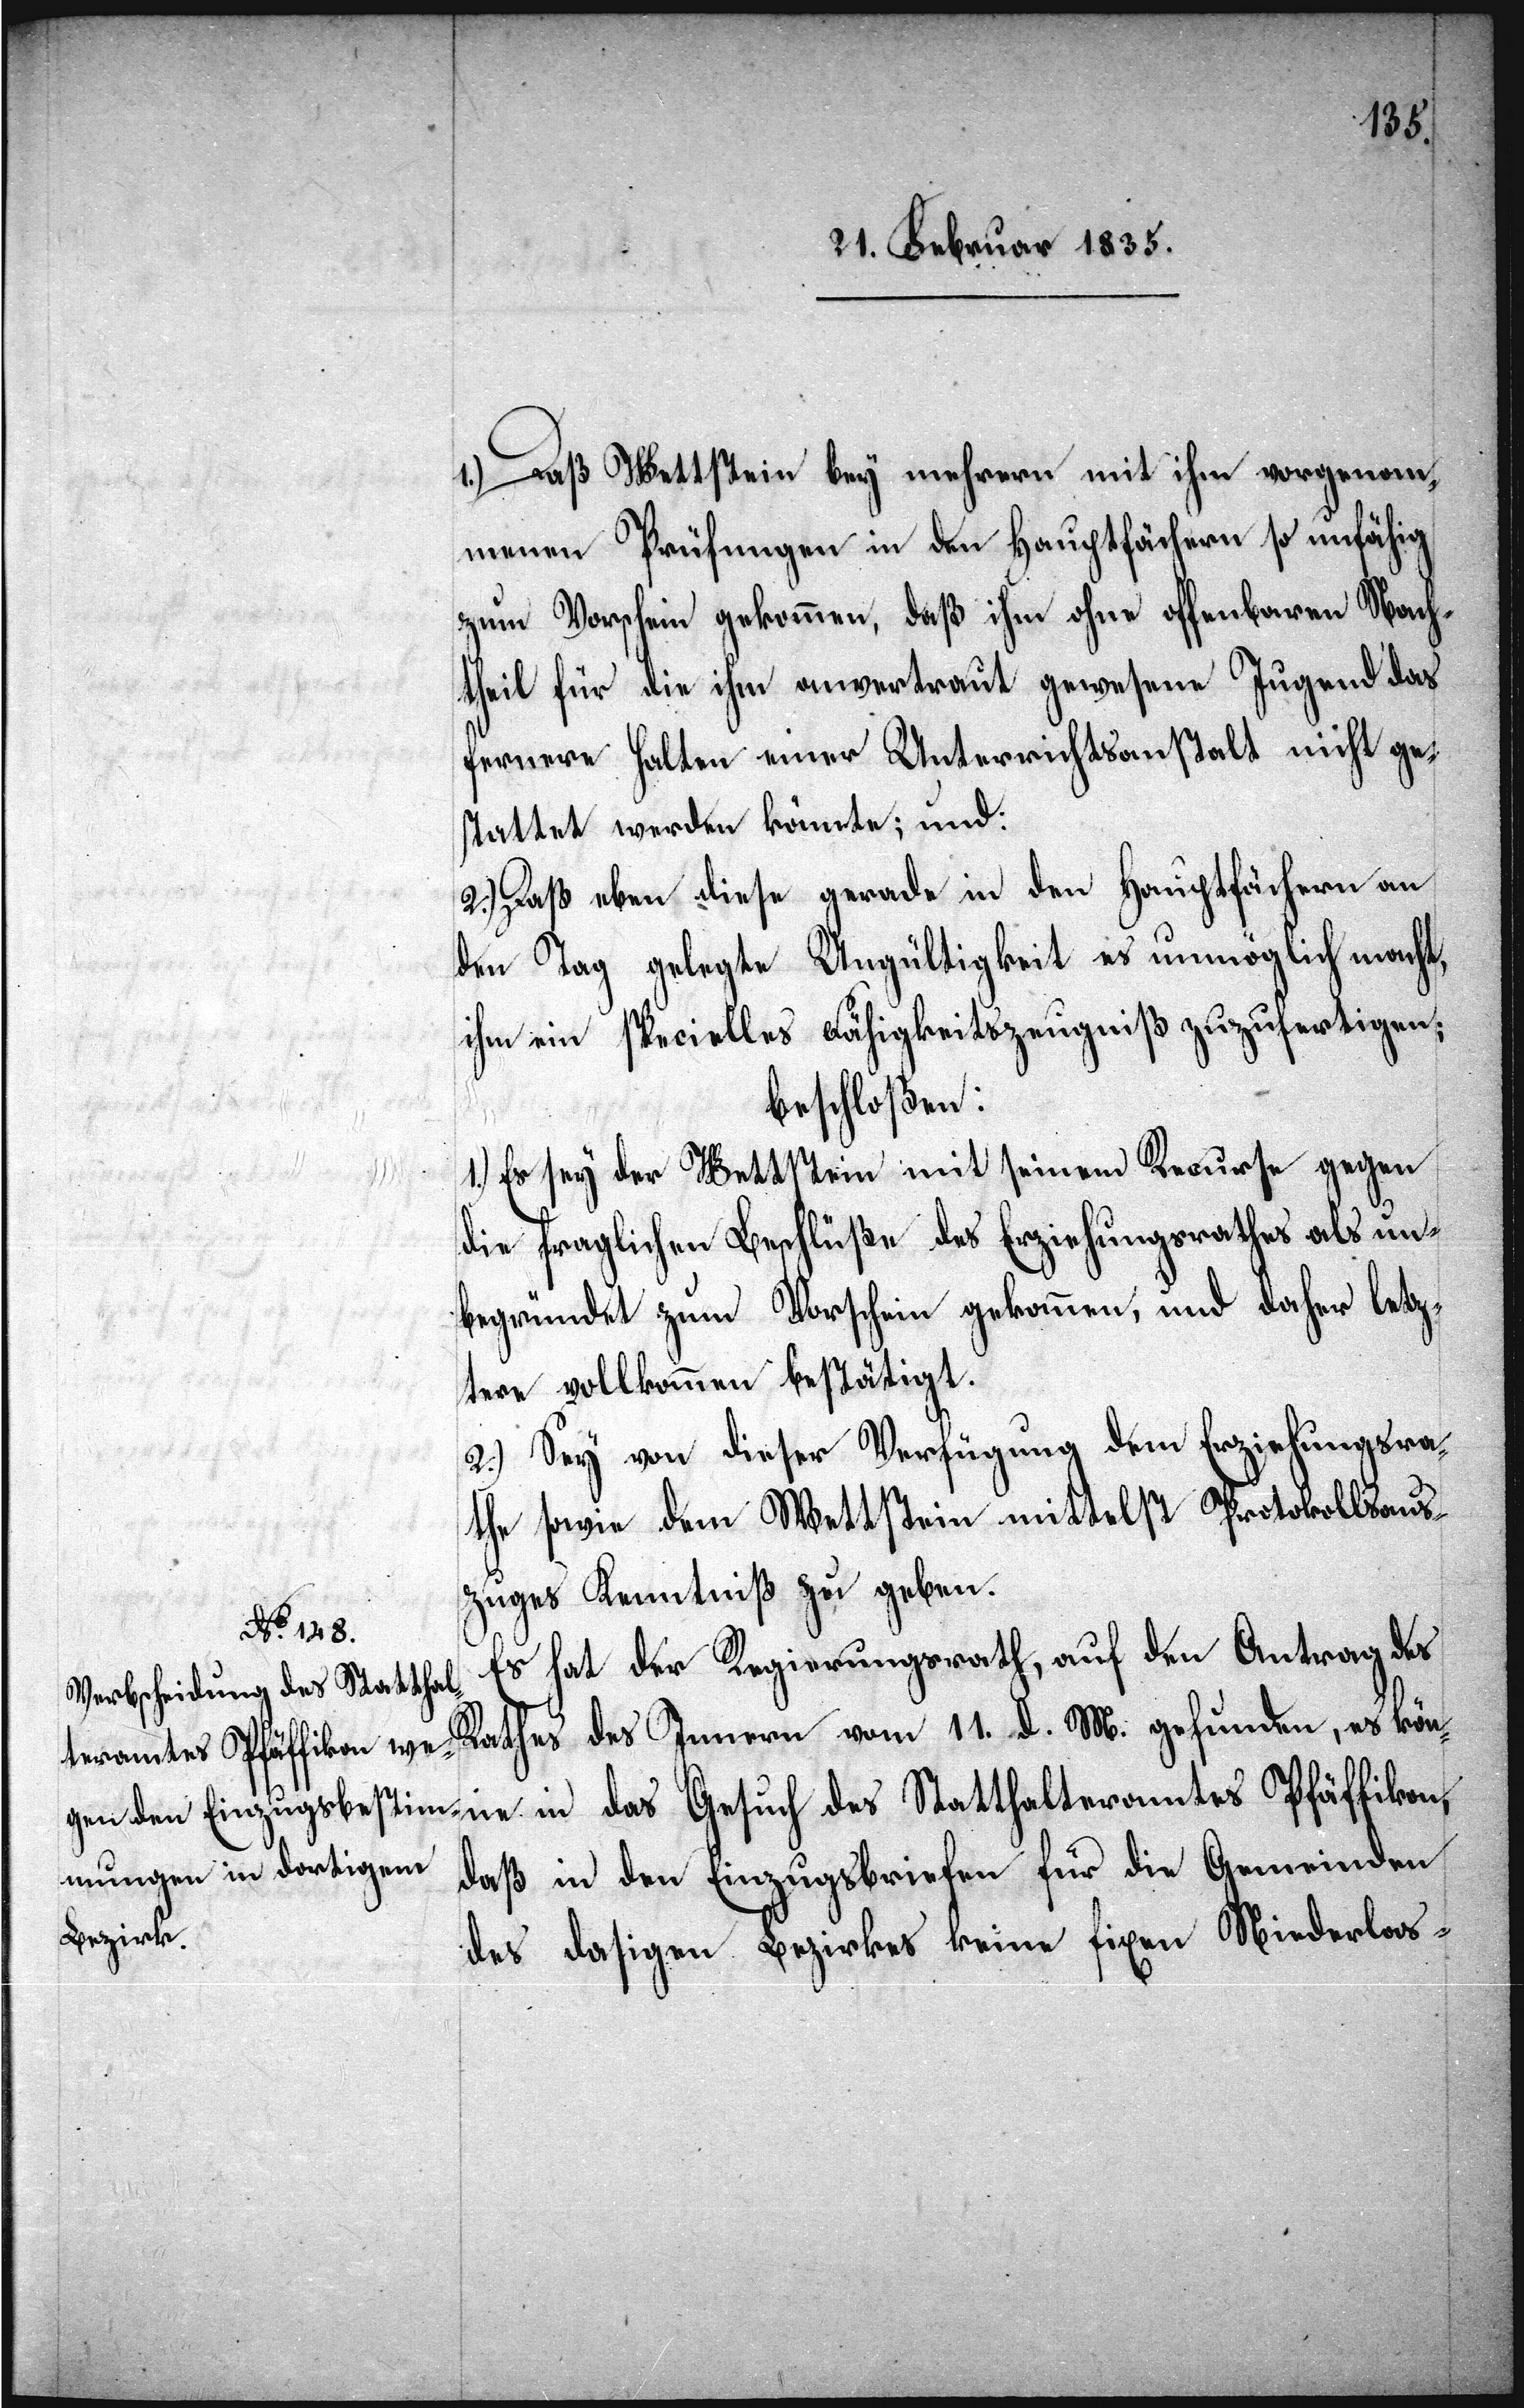
1.) Daß Wettstein bey mehrern mit ihm vorgenom¬
menen Prüfungen in den Hauptfächern so unfähig
zum Vorschein gekommen, daß ihm ohne offenbaren Nach¬
theil für die ihm anvertraut gewesene Jugend das
fernere Halten einer Unterrichtsanstalt nicht ge¬
stattet werden könnte; und:
2.) Daß eben diese gerade in den Hauptfächern an
den Tag gelegte Ungültigkeit es unmöglich macht,
ihm ein specielles Fähigkeitszeugniß zuzufertigen;
beschloßen:
1.) Es sey der Wettstein mit seinem Recurse gegen
die fraglichen Beschlüße des Erziehungsrathes als un¬
begründet zum Vorschein gekommen, und daher letz¬
tere vollkommen bestätigt.
2.) Sey von dieser Verfügung dem Erziehungsra¬
the sowie dem Wettstein mittelst Protokollsaus¬
zuges Kenntniß zu geben.
Stattha¬
Es hat der Regierungsrath, auf den Antrag des
Rathes des Innern vom 11. d. M. gefunden, es könne
lteramtes Pfäffikon,
daß in den Einzugsbriefen für die Gemeinden
des dasigen Bezirkes keine fixen Niederlas-